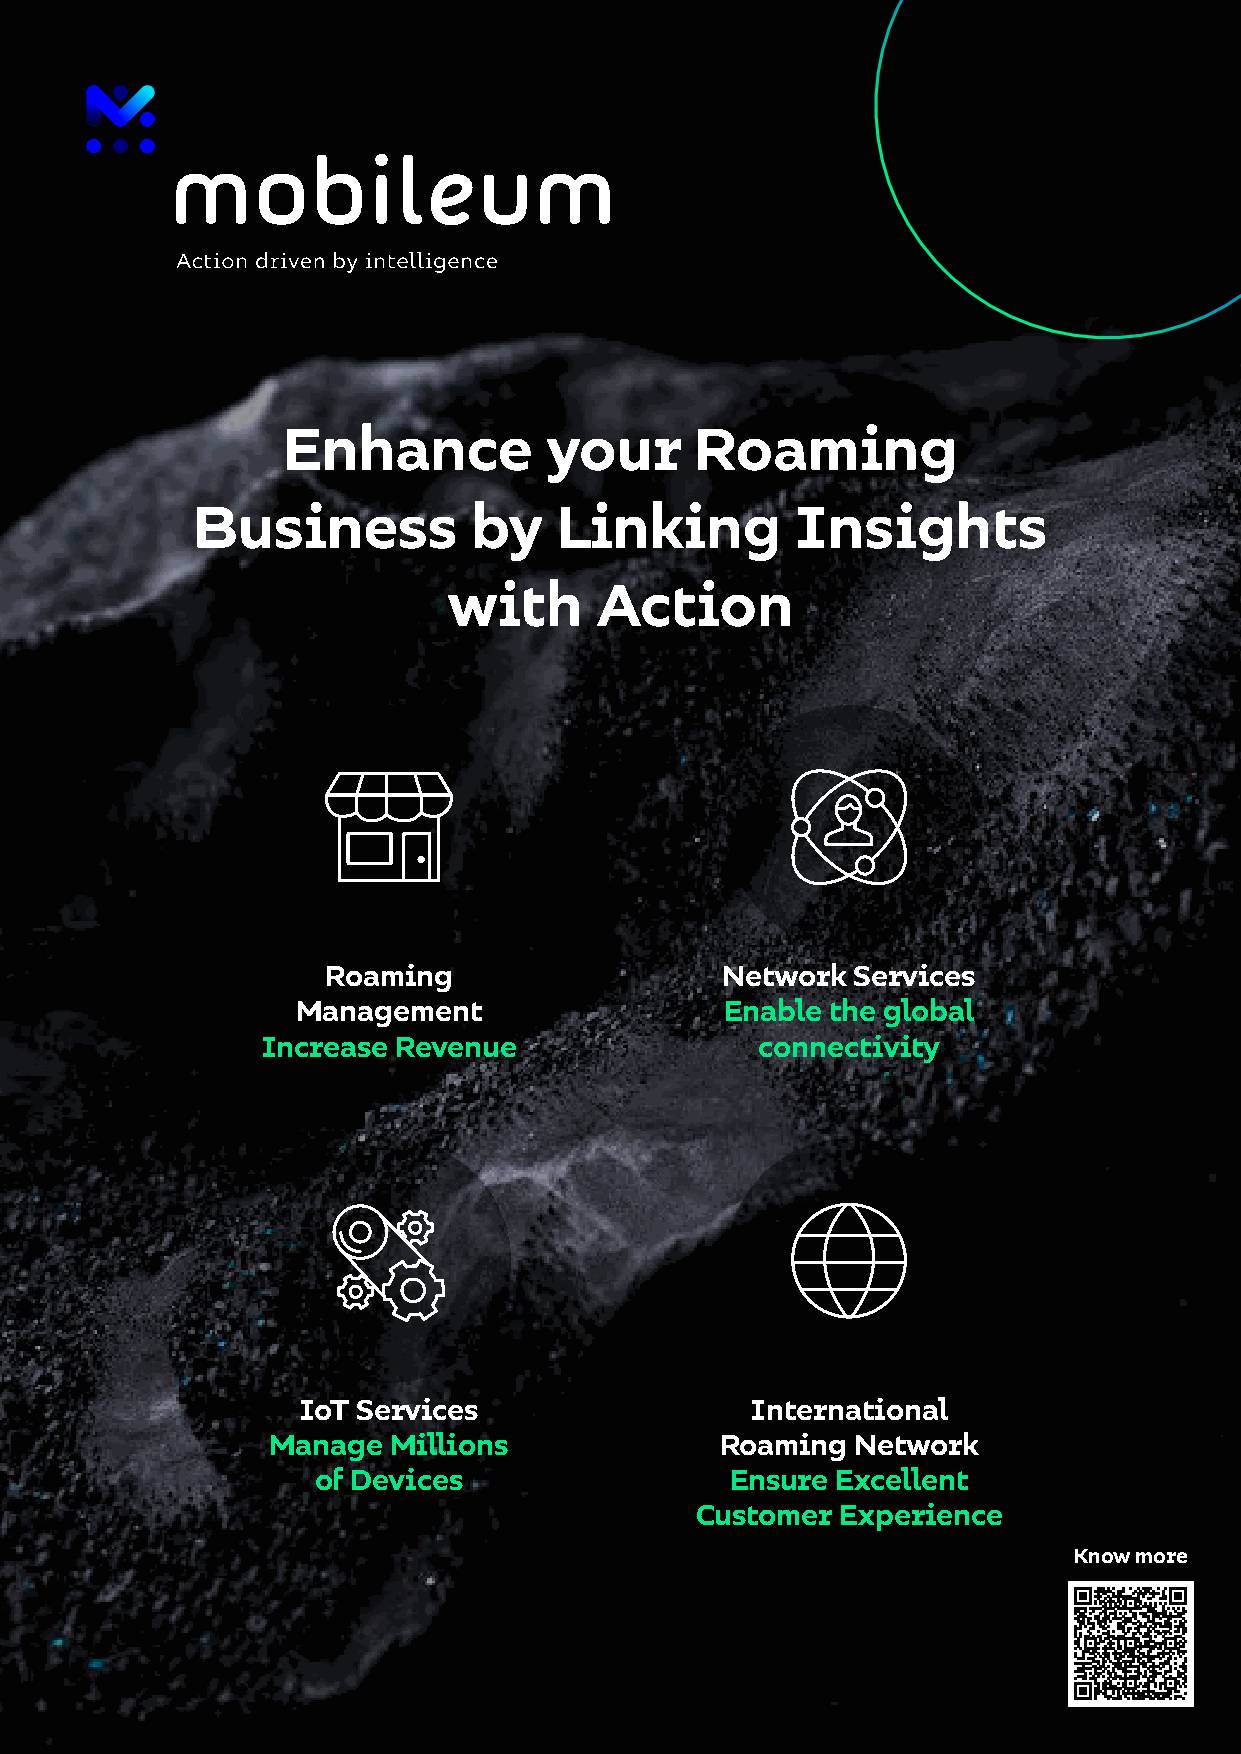
RADAR: ROAMING IN A POST-COVID WORLD
 Enhance          your      Roaming
 Business          by    Linking         Insights
 with     Action
 Roaming                    Network Services
 Management                  Enable the global
 Increase Revenue                 connectivity
 IoT Services                  International
 Manage  Millions              Roaming  Network
 of Devices                 Ensure Excellent
 Customer  Experience
 Know more
 8 The pandemic’s impact and its lasting influences